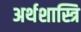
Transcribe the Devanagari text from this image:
अर्थशास्त्रि